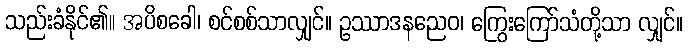
သည်းခံနိုင်၏။ အပိစခေါ၊ စင်စစ်သာလျှင်။ ဥဿာဒနညေဝ၊ ကြွေးကြော်သံတို့သာ လျှင်။